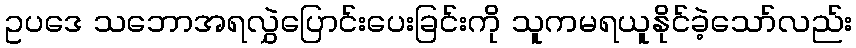
ဥပဒေ သဘောအရလွှဲပြောင်းပေးခြင်းကို သူကမရယူနိုင်ခဲ့သော်လည်း